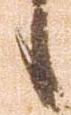
候